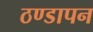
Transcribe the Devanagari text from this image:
ठण्‍डापन